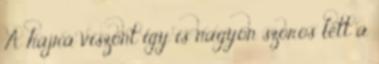
A hajrá viszont így is nagyon szoros lett a